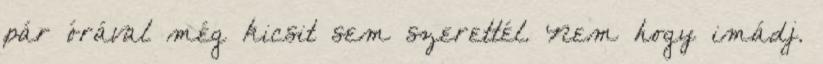
pár órával még kicsit sem szerettél. Nem hogy imádj.